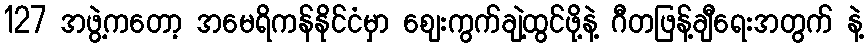
127 အဖွဲ့ကတော့ အမေရိကန်နိုင်ငံမှာ စျေးကွက်ချဲ့ထွင်ဖို့နဲ့ ဂီတဖြန့်ချီရေးအတွက် နဲ့